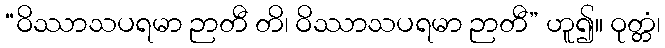
“ဝိဿာသပရမာ ဉာတီ တိ၊ ဝိဿာသပရမာ ဉာတီ” ဟူ၍။ ဝုတ္တံ၊